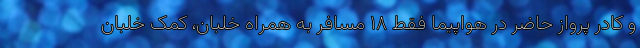
و کادر پرواز حاضر در هواپیما فقط ۱۸ مسافر به همراه خلبان، کمک خلبان